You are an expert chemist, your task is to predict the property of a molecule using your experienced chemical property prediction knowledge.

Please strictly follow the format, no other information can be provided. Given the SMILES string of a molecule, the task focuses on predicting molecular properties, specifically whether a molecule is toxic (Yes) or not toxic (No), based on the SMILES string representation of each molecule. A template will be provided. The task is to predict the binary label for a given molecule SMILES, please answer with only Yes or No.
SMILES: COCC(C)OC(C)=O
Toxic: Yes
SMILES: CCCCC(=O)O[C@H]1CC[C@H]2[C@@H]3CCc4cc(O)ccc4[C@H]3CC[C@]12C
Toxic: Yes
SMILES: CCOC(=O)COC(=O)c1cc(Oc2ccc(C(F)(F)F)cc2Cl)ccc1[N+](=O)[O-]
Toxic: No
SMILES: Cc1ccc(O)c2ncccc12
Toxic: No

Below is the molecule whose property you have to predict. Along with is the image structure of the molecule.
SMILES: CCOC(=O)[C@H](CCc1ccccc1)N[C@H]1CS[C@H](c2cccs2)CN(CC(=O)O)C1=O
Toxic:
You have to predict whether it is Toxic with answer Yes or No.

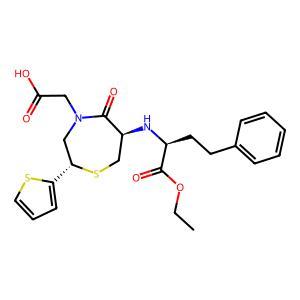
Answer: No